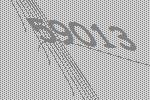
59013